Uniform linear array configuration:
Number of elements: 4
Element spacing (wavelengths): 0.25
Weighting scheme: binomial
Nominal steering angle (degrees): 45
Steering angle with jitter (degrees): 46.561
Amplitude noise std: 0.05
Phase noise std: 0.05

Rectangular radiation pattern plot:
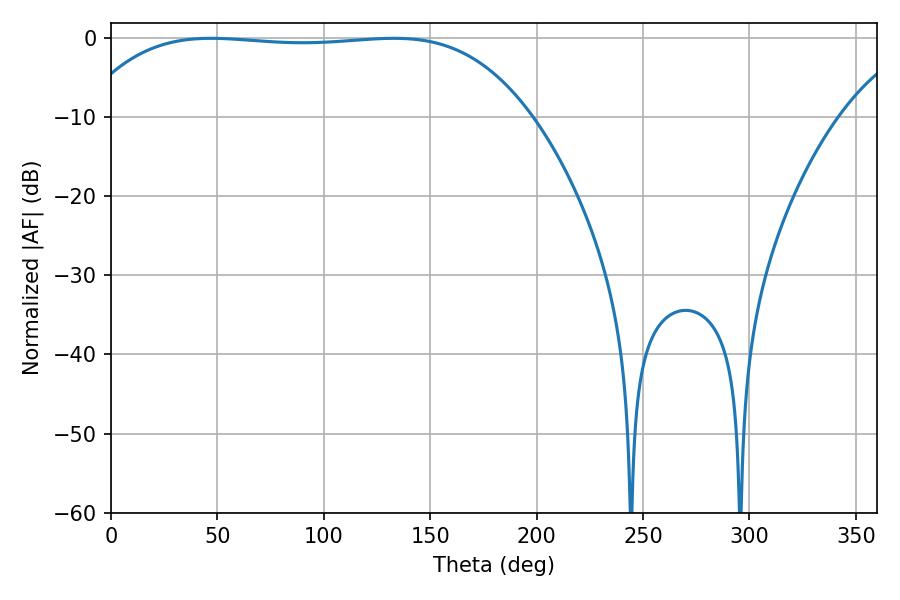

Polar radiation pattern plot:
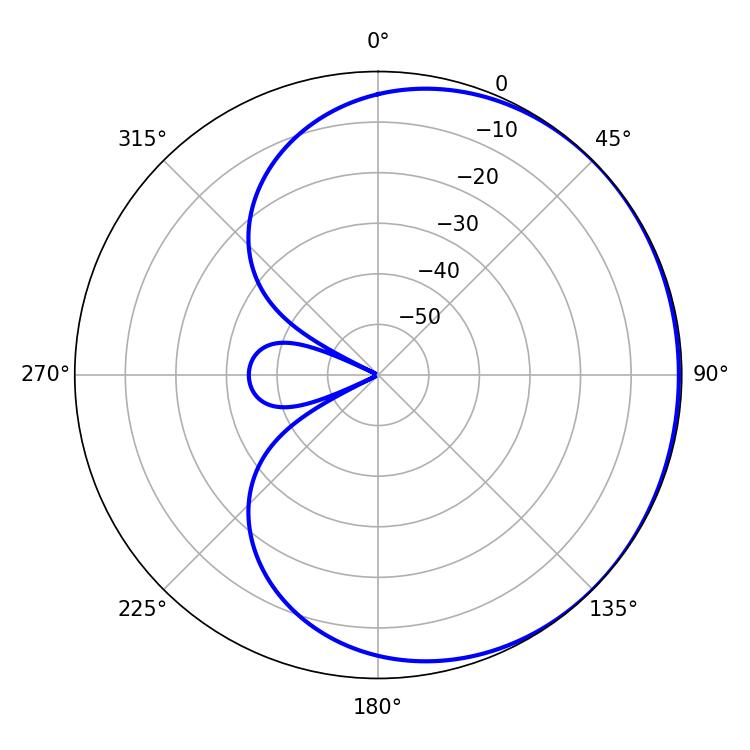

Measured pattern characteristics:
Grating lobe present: FALSE
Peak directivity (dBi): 0.4662
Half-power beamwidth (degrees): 165.6
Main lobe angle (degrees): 46.98